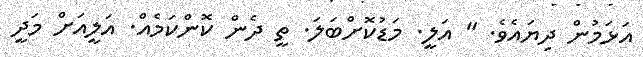
އަޅަމުން ދިޔައެވެ. " އަލީ. މަޑުކޮށްބަލަ. ތީ ދެން ކޮންކަމެއް. އަލީއަށް މަދީ